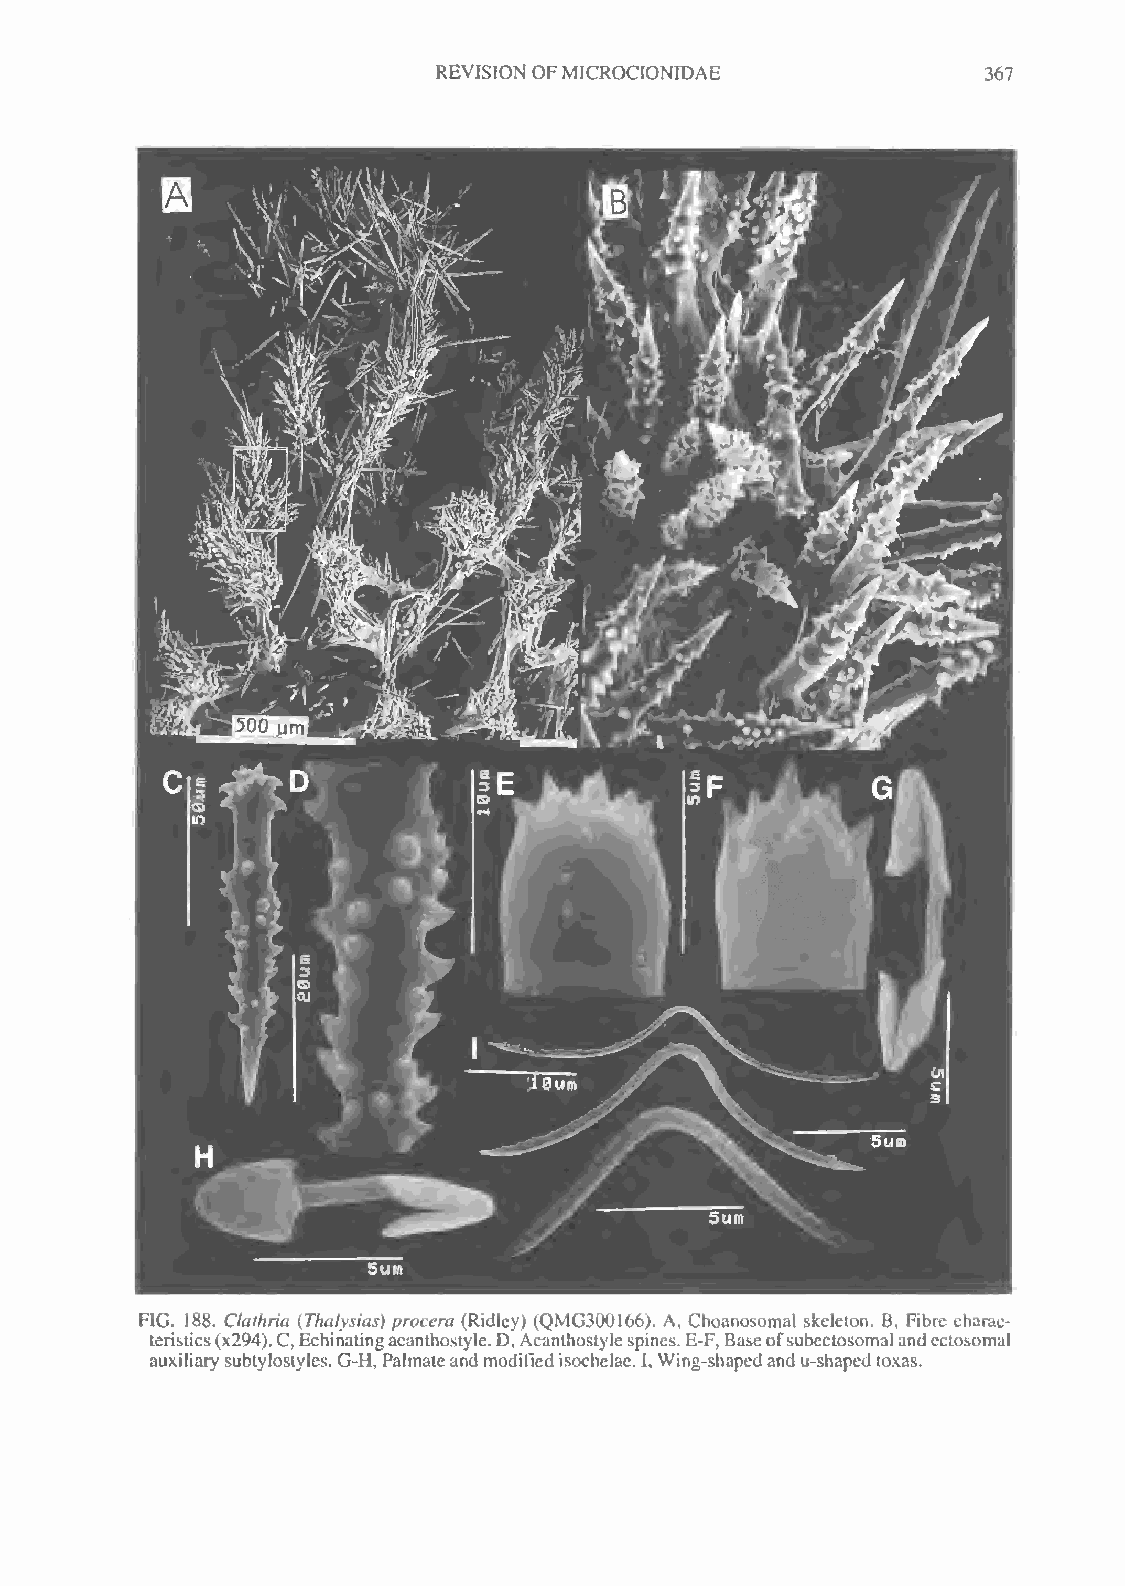
REVISION OFMICROCIONIDAE            367
 FIG. 188. Clathria (Thalysias) procera (Ridley) (QMG300166). A, Choanosomal skeleton. B, Fibre charac-
 teristics(x294).C,Echinatingacanthostyle.D,Acanthoslylespines.E-F,Baseofsubectosomalandectosomal
 auxiliarysubtylostylcs. G-H, Palmateandmodified isochelac. I,Wing-shapedandu-shaped loxas.